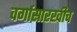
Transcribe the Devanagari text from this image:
वर्गासारखीच